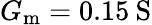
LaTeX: G_{\mathrm{m}}=0.15\: \mathrm{S}